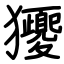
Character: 獿